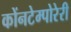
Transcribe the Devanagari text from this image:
कोंनटेम्पोरेरी